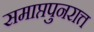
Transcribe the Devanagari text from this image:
समाप्तपुनरात्त